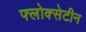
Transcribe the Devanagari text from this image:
फ्लोक्सेटीन